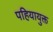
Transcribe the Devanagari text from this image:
पहियायुक्त